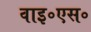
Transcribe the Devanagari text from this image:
वाइ॰एस॰